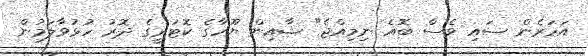
އަހަރެން ސައި ވެސް ބޮއެ ނިމިއްޖެ" ޝާއިން ޔޫހާގެ ކޮޓަރީގެ ދޮރު ހުޅުވާލަމުން